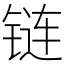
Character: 链